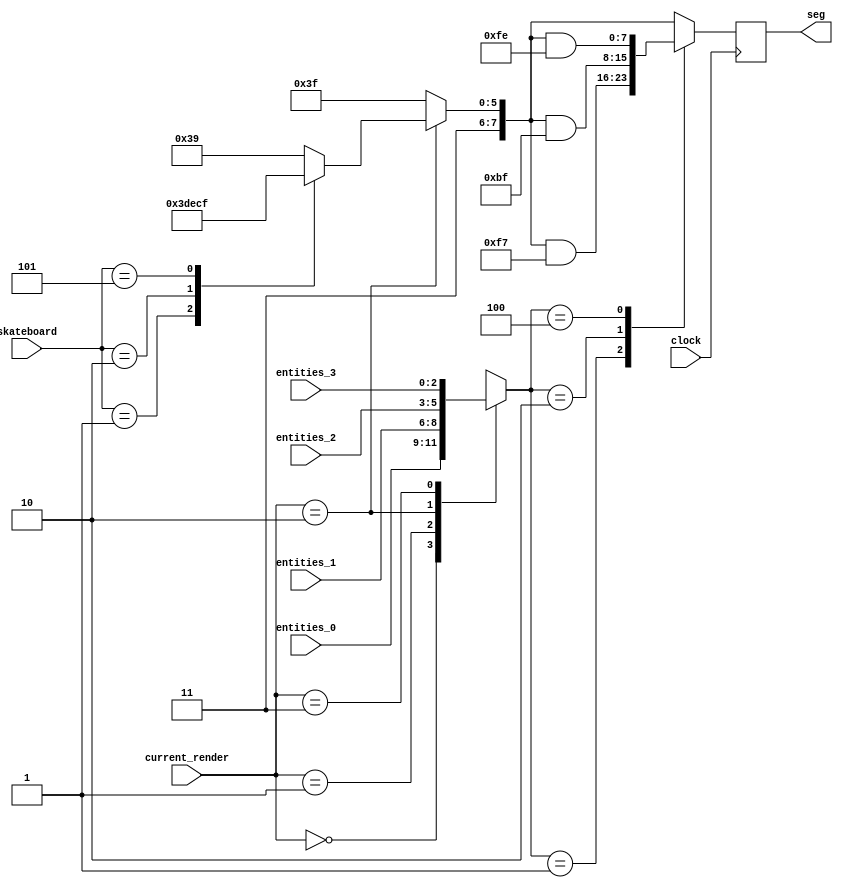
`timescale 1ns / 1ps

// x = Seven seg an selector
// entity = [xxx = manhole wrench bird] 
module PlayRenderer(input clock, input [2:0] entities_0, input [2:0] entities_1, input [2:0] entities_2, input [2:0] entities_3, input[2:0] skateboard, input [1:0] current_render, output reg [7:0] seg);
    
    reg temp = 0;
    reg [2:0] current_entity;
    
    always @(posedge clock) 
        begin
            seg = 8'b11111111;
            if(current_render == 2'b10)begin
                case(skateboard)
                    3'b000:  seg = 8'b11111001;//Stand
                    3'b001:  seg = 8'b11111101;//Jump
                    3'b010:  seg = 8'b11111011;//Duck
                    3'b101:  seg = 8'b11001111;//Dodge
                    default: seg = 8'b11111001;//Stand
                endcase
            end
            
            case(current_render)
                2'b00: current_entity = entities_0;
                2'b01: current_entity = entities_1;
                2'b10: current_entity = entities_2;
                2'b11: current_entity = entities_3;
            endcase
            case(current_entity)
                3'b001: seg = seg & 8'b11110111;//manhole
                3'b010: seg = seg & 8'b10111111;//wrench
                3'b100: seg = seg & 8'b11111110;//bird
            endcase
        end

endmodule